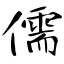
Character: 儒